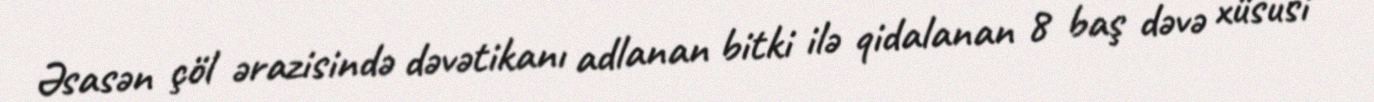
Əsasən çöl ərazisində dəvətikanı adlanan bitki ilə qidalanan 8 baş dəvə xüsusi